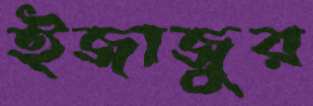
ইজাজুর